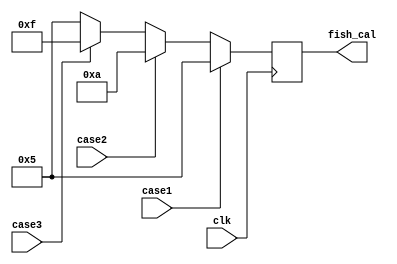
module FISH_CALIB(
	input wire clk,
//	input wire reset,
	input wire case1,	
	input wire case2,
	input wire case3,
	
	output reg [3:0]fish_cal	
	);
	
parameter[3:0] five = 4'd5;
parameter[3:0] ten = 4'd10;
parameter[3:0] f_teen = 4'd15;

always @ (posedge clk)
	begin
		if (case1 == 1)
			fish_cal = five;
		else
			begin
			if (case2 == 1)
				fish_cal = ten;
			else
				begin
				if (case3 == 1)
					fish_cal = f_teen;
				else
					fish_cal = five;
				end
			end
	end
endmodule